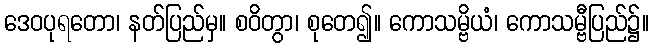
ဒေဝပုရတော၊ နတ်ပြည်မှ။ စဝိတွာ၊ စုတေ၍။ ကောသမ္ဗိယံ၊ ကောသမ္ဗီပြည်၌။